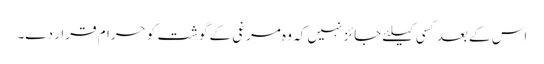
اس کے بعد کسی کیلئے جائز نہیں کہ وہ مرغی کے گوشت کو حرام قرار دے۔